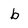
Character: b